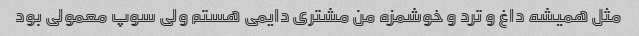
مثل همیشه داغ و ترد و خوشمزه من مشتری دایمی هستم ولی سوپ معمولی بود